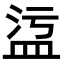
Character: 𥁡